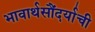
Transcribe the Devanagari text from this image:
भावार्थसौंदर्याची